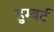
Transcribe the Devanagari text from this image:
हुम्बर्ट